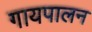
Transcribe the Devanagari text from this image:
गायपालन